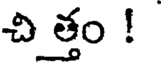
చి త్తం !